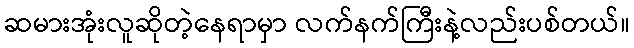
ဆမားအုံးလူဆိုတဲ့နေရာမှာ လက်နက်ကြီးနဲ့လည်းပစ်တယ်။